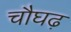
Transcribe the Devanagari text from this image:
चौघढ़